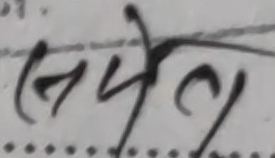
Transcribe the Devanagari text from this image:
सयेत